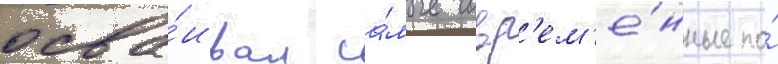
осва́ивал са́мые совр'ем'е́нные по́